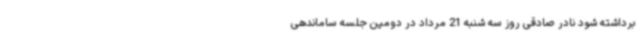
برداشته شود نادر صادقی روز سه شنبه 21 مرداد در دومین جلسه ساماندهی